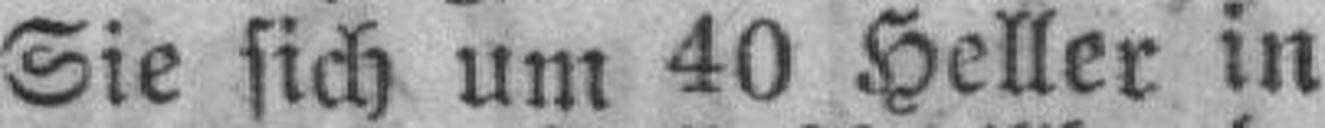
Sie sich um 40 Heller in